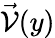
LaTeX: \vec{\mathcal{V}}(y)